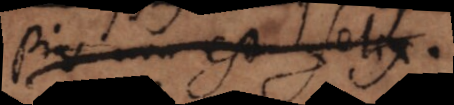
pius non est felix,